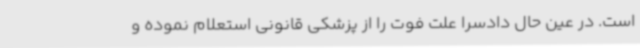
است. در عین حال دادسرا علت فوت را از پزشکی قانونی استعلام نموده و